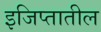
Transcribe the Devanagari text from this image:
इजिप्तातील